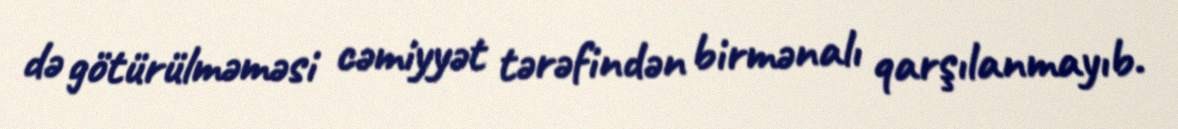
də götürülməməsi cəmiyyət tərəfindən birmənalı qarşılanmayıb.